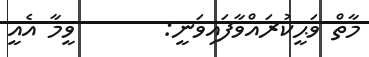
މާތް ވަޙީކުރައްވާފައިވަނީ:       ވީމާ އެއީ